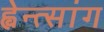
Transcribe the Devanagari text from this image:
ह्वेन्त्सांग